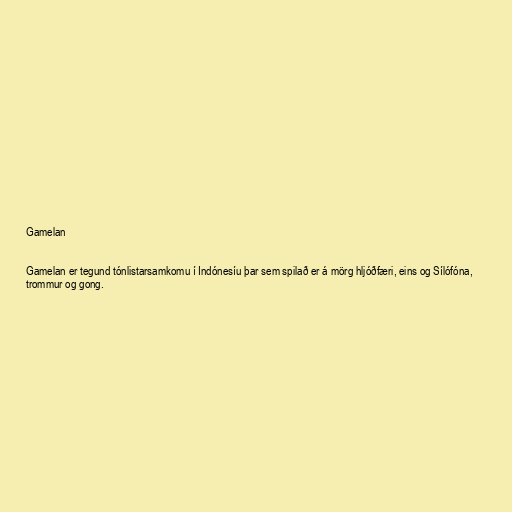
Gamelan

Gamelan er tegund tónlistarsamkomu í Indónesíu þar sem spilað er á mörg hljóðfæri, eins og Sílófóna,
trommur og gong.